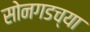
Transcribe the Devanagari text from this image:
सोनगडच्या